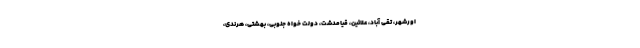
اورشهر، تقی آباد، علائین، قیامدشت، دولت خواه جنوبی، بهشتی، هرندی،